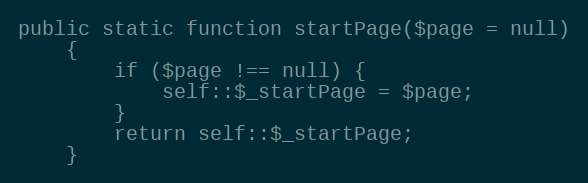
Language: PHP
public static function startPage($page = null)
    {
        if ($page !== null) {
            self::$_startPage = $page;
        }
        return self::$_startPage;
    }